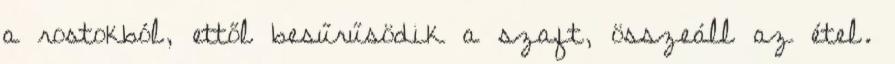
a rostokból, ettől besűrűsödik a szaft, összeáll az étel.